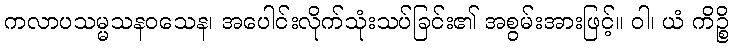
ကလာပသမ္မသနဝသေန၊ အပေါင်းလိုက်သုံးသပ်ခြင်း၏ အစွမ်းအားဖြင့်။ ဝါ၊ ယံ ကိဉ္စိ